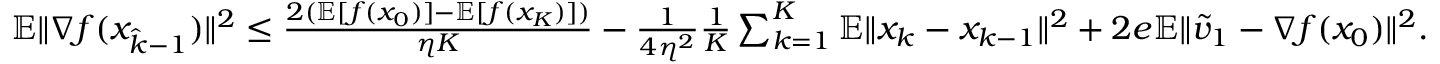
\begin{array} { r } { \mathbb { E } \| \nabla f ( x _ { \hat { k } - 1 } ) \| ^ { 2 } \leq \frac { 2 ( \mathbb { E } [ f ( x _ { 0 } ) ] - \mathbb { E } [ f ( x _ { K } ) ] ) } { \eta K } - \frac { 1 } { 4 \eta ^ { 2 } } \frac { 1 } { K } \sum _ { k = 1 } ^ { K } \mathbb { E } \| x _ { k } - x _ { k - 1 } \| ^ { 2 } + 2 e \mathbb { E } \| \widetilde v _ { 1 } - \nabla f ( x _ { 0 } ) \| ^ { 2 } . } \end{array}